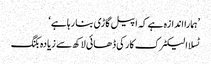
’ہمارا اندازہ ہے کہ اپیل گاڑی بنا رہا ہے‘
ٹسلا الیکٹرک کار کی ڈھائی لاکھ سے زیادہ بکنگ